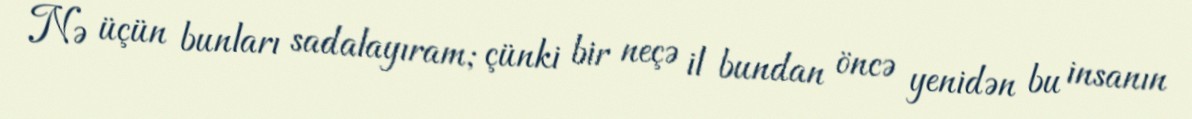
Nə üçün bunları sadalayıram; çünki bir neçə il bundan öncə yenidən bu insanın